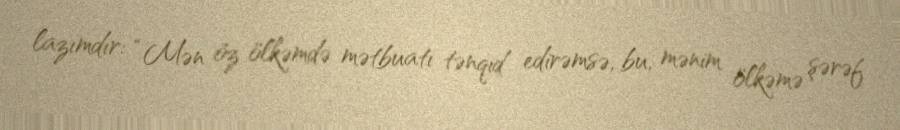
lazımdır: “Mən öz ölkəmdə mətbuatı tənqid edirəmsə, bu, mənim ölkəmə şərəf